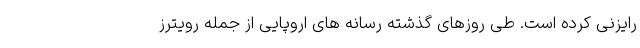
رایزنی کرده است. طی روزهای گذشته رسانه های اروپایی از جمله رویترز